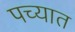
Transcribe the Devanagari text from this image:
पच्यात